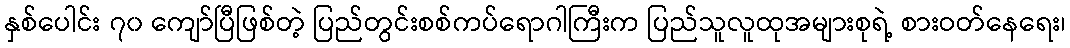
နှစ်ပေါင်း ၇၀ ကျော်ပြီဖြစ်တဲ့ ပြည်တွင်းစစ်ကပ်ရောဂါကြီးက ပြည်သူလူထုအများစုရဲ့ စားဝတ်နေရေး၊